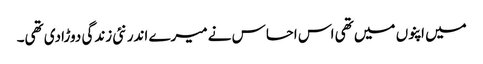
میں اپنوں میں تھی اس احساس نے میرے اندر نئی زندگی دوڑادی تھی۔